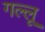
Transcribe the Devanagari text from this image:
गल्लू